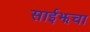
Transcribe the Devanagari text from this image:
साईझचा